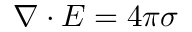
\nabla \cdot E = 4 \pi \sigma